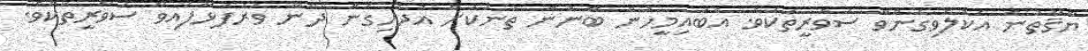
ޔާޤޫތުން އެކުލެވިގެންވާ ސަވާރީތަކެވެ. އެބައިމީހުން ބޭނުން ތަނަކަށް އުދުހިގެން ދާނޭ ވަރަފަޅާފައިވާ ސަވާރީތަކެވެ.